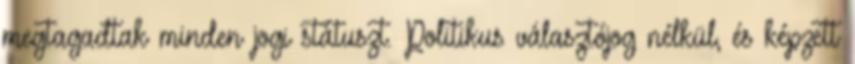
megtagadtak minden jogi státuszt. Politikus választójog nélkül, és képzett